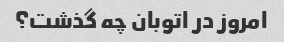
امروز در اتوبان چه گذشت؟